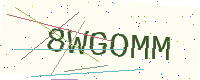
Text: 8WGOMM